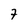
Character: 7